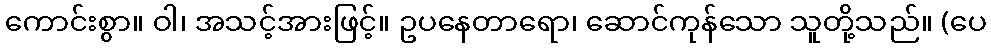
ကောင်းစွာ။ ဝါ၊ အသင့်အားဖြင့်။ ဥပနေတာရော၊ ဆောင်ကုန်သော သူတို့သည်။ (ပေ